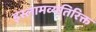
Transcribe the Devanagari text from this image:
इस्लामव्यतिरिक्त